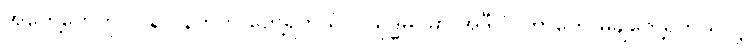
အတွေ့တွေကို လွန်လွန်ကဲကဲ တွေ့ရတယ်၊ ဝိသုဒ္ဓိမဂ်မှာ အဲဒီလို ဟာတွေ မုချတွေ့ရတယ်လို့